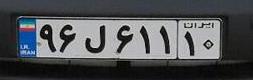
۹۶ل۶۱۱۱۰